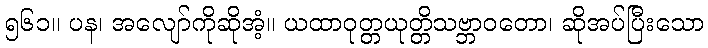
၅၆၁။ ပန၊ အလျော်ကိုဆိုအံ့။ ယထာဝုတ္တယုတ္တိသဗ္ဘာဝတော၊ ဆိုအပ်ပြီးသော